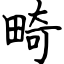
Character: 畸